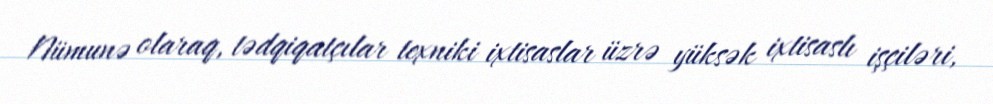
Nümunə olaraq, tədqiqatçılar texniki ixtisaslar üzrə yüksək ixtisaslı işçiləri,